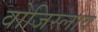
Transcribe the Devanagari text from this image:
वोजिस्लाव